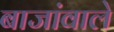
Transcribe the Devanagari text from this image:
बाजांवाले